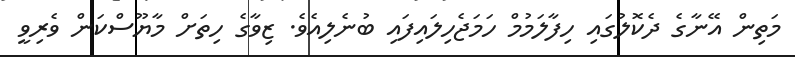
މަތިން އޭނާގެ ދެކޮލުގައި ހިފާލަމުމް ހަމަޖެހިލައިފައި ބުނެލިއެވެ. ޒިވާގެ ހިތަށް މާޔޫސްކަން ވެރިވީ